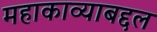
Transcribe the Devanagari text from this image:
महाकाव्याबद्दल